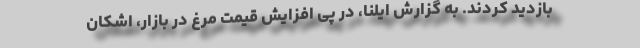
بازدید کردند. به گزارش ایلنا، در پی افزایش قیمت مرغ در بازار، اشکان